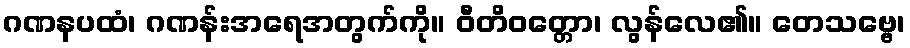
ဂဏနပထံ၊ ဂဏန်းအရေအတွက်ကို။ ဝီတိဝတ္တော၊ လွန်လေ၏။ တေသဗ္ဗေ၊